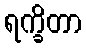
ရက္ခိတာ